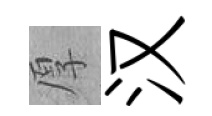
厚汉